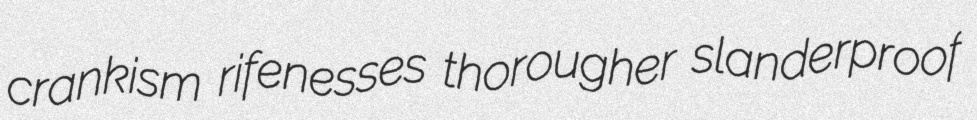
crankism rifenesses thorougher slanderproof